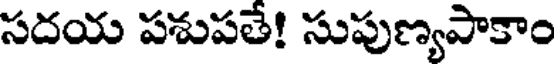
సదయ పశుపతే! సుపుణ్యపాకాం